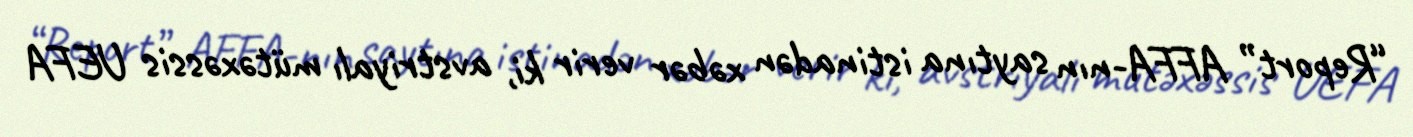
“Report” AFFA-nın saytına istinadən xəbər verir ki, avstriyalı mütəxəssis UEFA